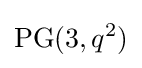
\mathrm {PG} (3,q^{2})